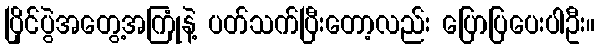
ပြိုင်ပွဲအတွေ့အကြုံနဲ့ ပတ်သက်ပြီးတော့လည်း ပြောပြပေးပါဦး။